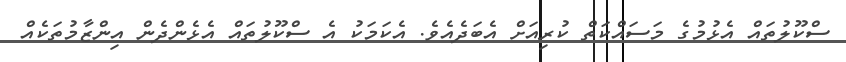
ސްކޫލުތައް އެޅުމުގެ މަސައްކަތް ކުރިއަށް އެބަދެއެވެ. އެކަމަކު އެ ސްކޫލުތައް އެޅެންދެން އިންޒާމުތަކެއް